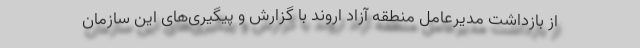
از بازداشت مدیرعامل منطقه آزاد اروند با گزارش و پیگیری‌های این سازمان